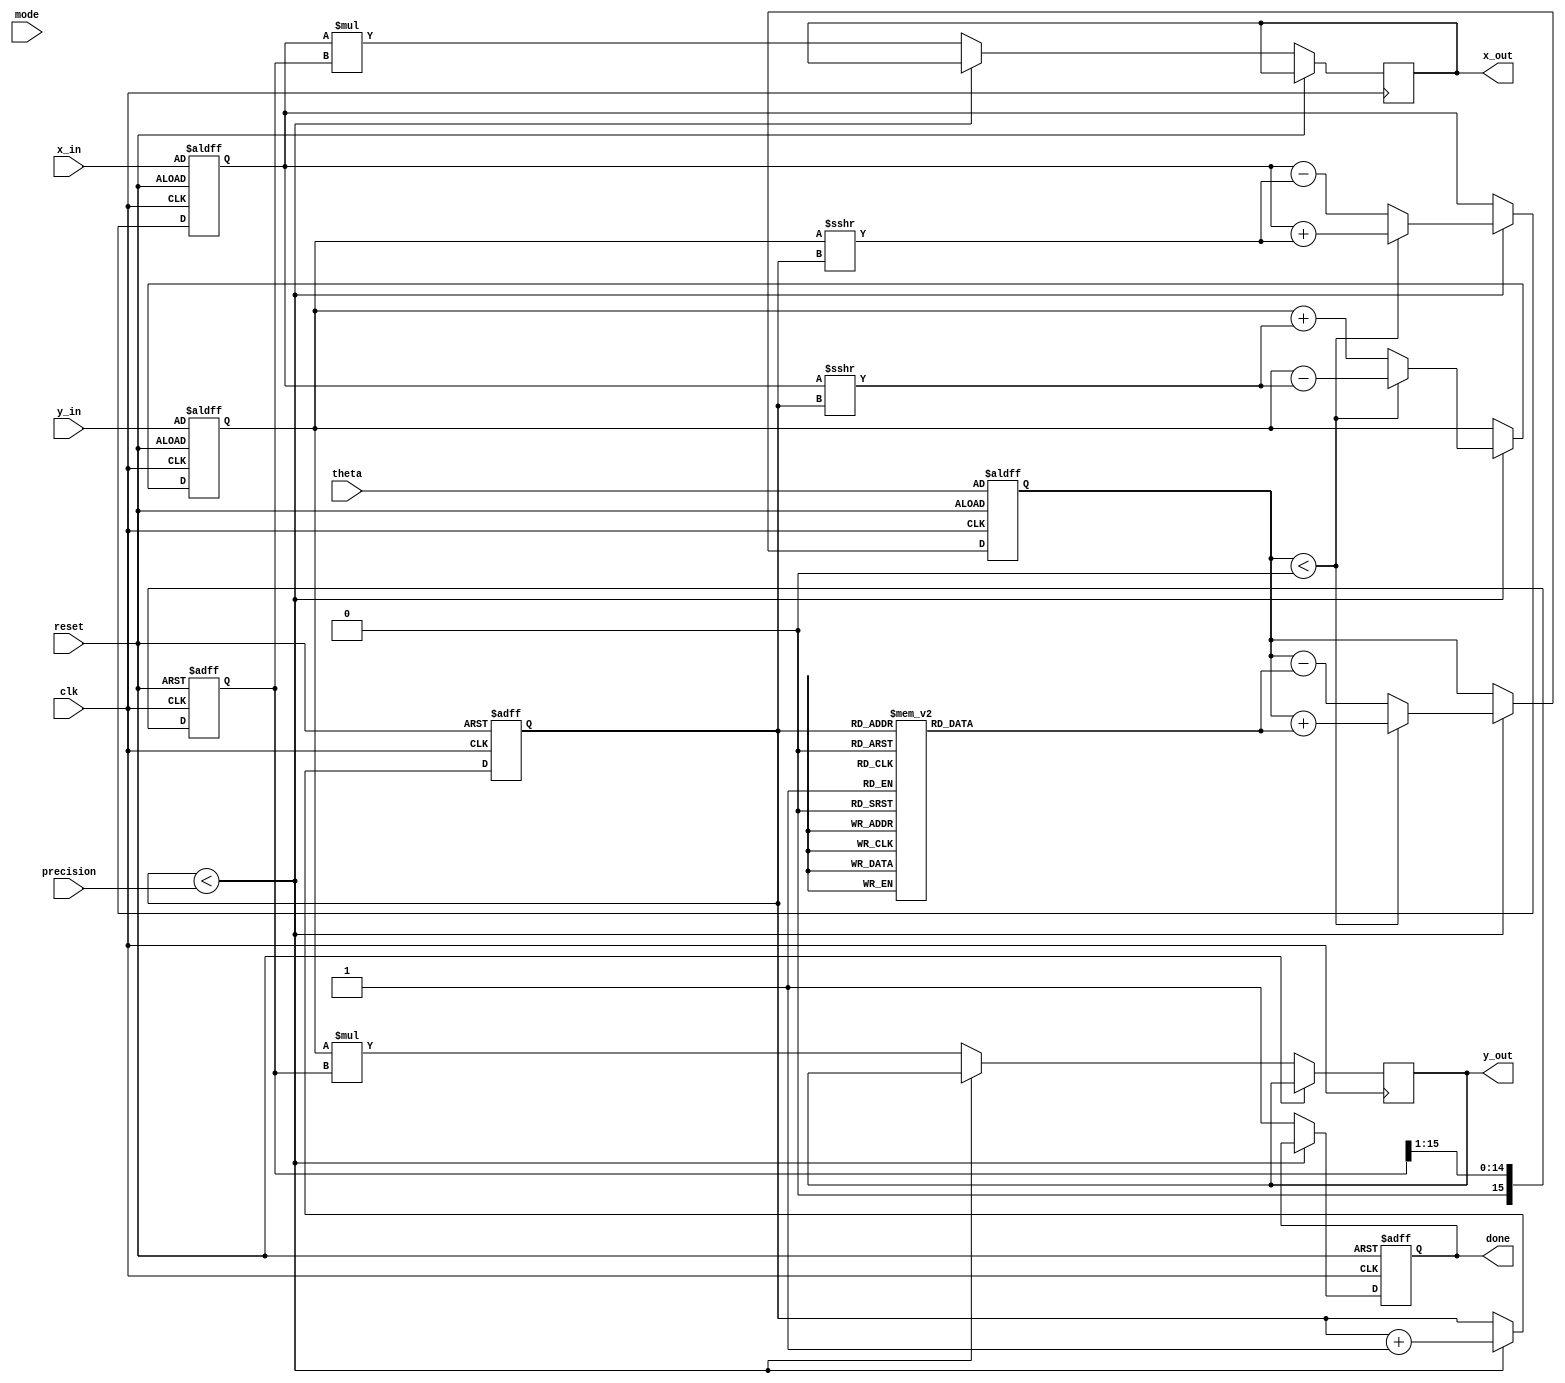
module Adaptive_CORDIC #(
    parameter WIDTH = 16,          // Bit width for fixed point representation
    parameter ITERATIONS = 16      // Number of iterations for CORDIC
)(
    input wire clk,                // Clock signal
    input wire reset,              // Reset signal
    input wire [WIDTH-1:0] x_in,   // Input x value
    input wire [WIDTH-1:0] y_in,   // Input y value
    input wire [WIDTH-1:0] theta,   // Input angle
    input wire mode,               // Mode selection: 0 = rotation, 1 = vectoring
    input wire [3:0] precision,    // Desired precision
    output reg [WIDTH-1:0] x_out,   // Output x value
    output reg [WIDTH-1:0] y_out,   // Output y value
    output reg done                // Completion signal
);

    reg [WIDTH-1:0] x, y, z;       // Internal registers for x, y, and z
    reg [WIDTH-1:0] atan_lut [0:ITERATIONS-1]; // Lookup table for arctangent values
    reg [3:0] iteration_count;      // Counter for iterations
    reg [WIDTH-1:0] scaling_factor; // Scaling factor for normalization

    // Initialization of lookup table values for atan(2^-i)
    initial begin
        atan_lut[0] = 16'h3FFF; // atan(1) = /4 in fixed point format
        // Populate the rest of the atan_lut based on the desired precision
        // Example values for atan(0.5), atan(0.25), etc.
        // atan_lut[1] = ...
        // atan_lut[2] = ...
        // ...
    end

    // Scaling factor (2^-i)
    always @(posedge clk or posedge reset) begin
        if (reset) begin
            scaling_factor <= 16'h4000; // Initial scaling factor (1.0 in fixed point)
        end else begin
            scaling_factor <= scaling_factor >>> 1; // Scale down for each iteration
        end
    end

    // CORDIC iteration process
    always @(posedge clk or posedge reset) begin
        if (reset) begin
            x <= x_in;
            y <= y_in;
            z <= theta;
            iteration_count <= 0;
            done <= 0;
        end else if (iteration_count < precision) begin
            // CORDIC rotation logic
            if (z < 0) begin
                x <= x + (y >>> iteration_count);
                y <= y - (x >>> iteration_count);
                z <= z + atan_lut[iteration_count];
            end else begin
                x <= x - (y >>> iteration_count);
                y <= y + (x >>> iteration_count);
                z <= z - atan_lut[iteration_count];
            end
            iteration_count <= iteration_count + 1;
        end else begin
            // Final output assignment
            x_out <= x * scaling_factor;
            y_out <= y * scaling_factor;
            done <= 1;
        end
    end

endmodule